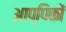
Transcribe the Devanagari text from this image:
आप्पिकों